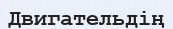
Двигательдің